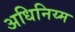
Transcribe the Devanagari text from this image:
अधिनिय्म